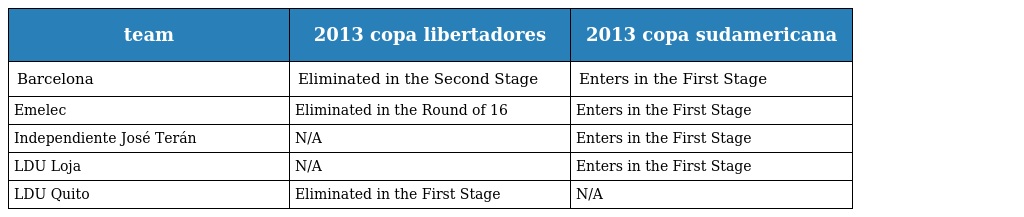
| team | 2013 copa libertadores | 2013 copa sudamericana |
 | --- | --- | --- |
 | Barcelona | Eliminated in the Second Stage | Enters in the First Stage |
 | Emelec | Eliminated in the Round of 16 | Enters in the First Stage |
 | Independiente José Terán | N/A | Enters in the First Stage |
 | LDU Loja | N/A | Enters in the First Stage |
 | LDU Quito | Eliminated in the First Stage | N/A |